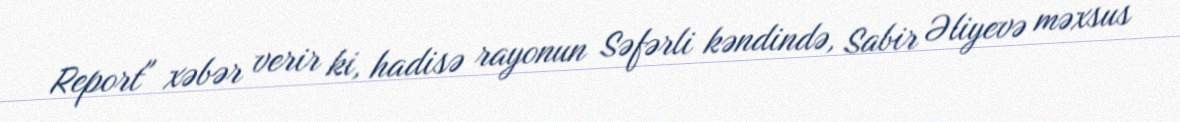
Report" xəbər verir ki, hadisə rayonun Səfərli kəndində, Sabir Əliyevə məxsus